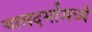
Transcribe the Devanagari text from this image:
यासदर्भामध्ये